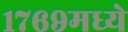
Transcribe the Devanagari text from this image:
१७६९मध्ये